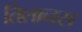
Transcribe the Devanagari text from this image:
तिलानस